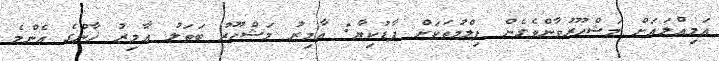
އަމިއްލައަށް މަޝްހޫރުވާންވެގެން ފިލްމުތަކަށް ފާޑުކިޔާ: އާމިރު މަޝްހޫރު ބަތަލު އާމިރު ޚާންގެ އެންމެ